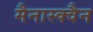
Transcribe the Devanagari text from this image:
मैनास्क्वैन